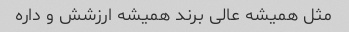
مثل همیشه عالی برند همیشه ارزشش و داره